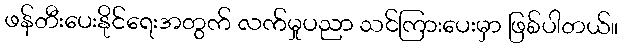
ဖန်တီးပေးနိုင်ရေးအတွက် လက်မှုပညာ သင်ကြားပေးမှာ ဖြစ်ပါတယ်။